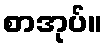
စာအုပ်။